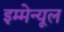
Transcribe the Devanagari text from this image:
इम्मेन्यूल